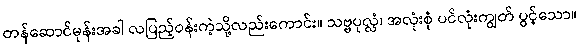
တန်ဆောင်မုန်းအခါ လပြည့်ဝန်းကဲ့သို့လည်းကောင်း။ သဗ္ဗပုလ္လံ၊ အလုံးစုံ ပင်လုံးကျွတ် ပွင့်သော။